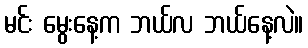
မင်း မွေးနေ့က ဘယ်လ ဘယ်နေ့လဲ။